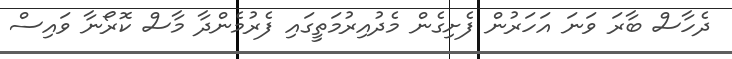
ދެހާސް ބާރަ ވަނަ އަހަރުން ފެށިގެން މެދުއިރުމަތީގައި ފެރުމެންދާ މާސް ކޮރޯނާ ވައިސް